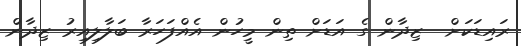
ރައިޑަކަށް  ޒިދާން ގެ އަޑަށް ތިން މީހުން އެއްފަހަރާ ބަލާލިއިރު ޒިދާން